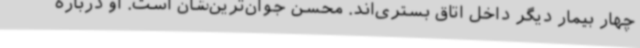
چهار بیمار دیگر داخل اتاق بستری‌اند. محسن جوان‌ترین‌شان است. او درباره